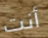
أنت